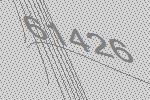
61426